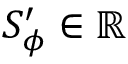
S _ { \phi } ^ { \prime } \in \mathbb { R }